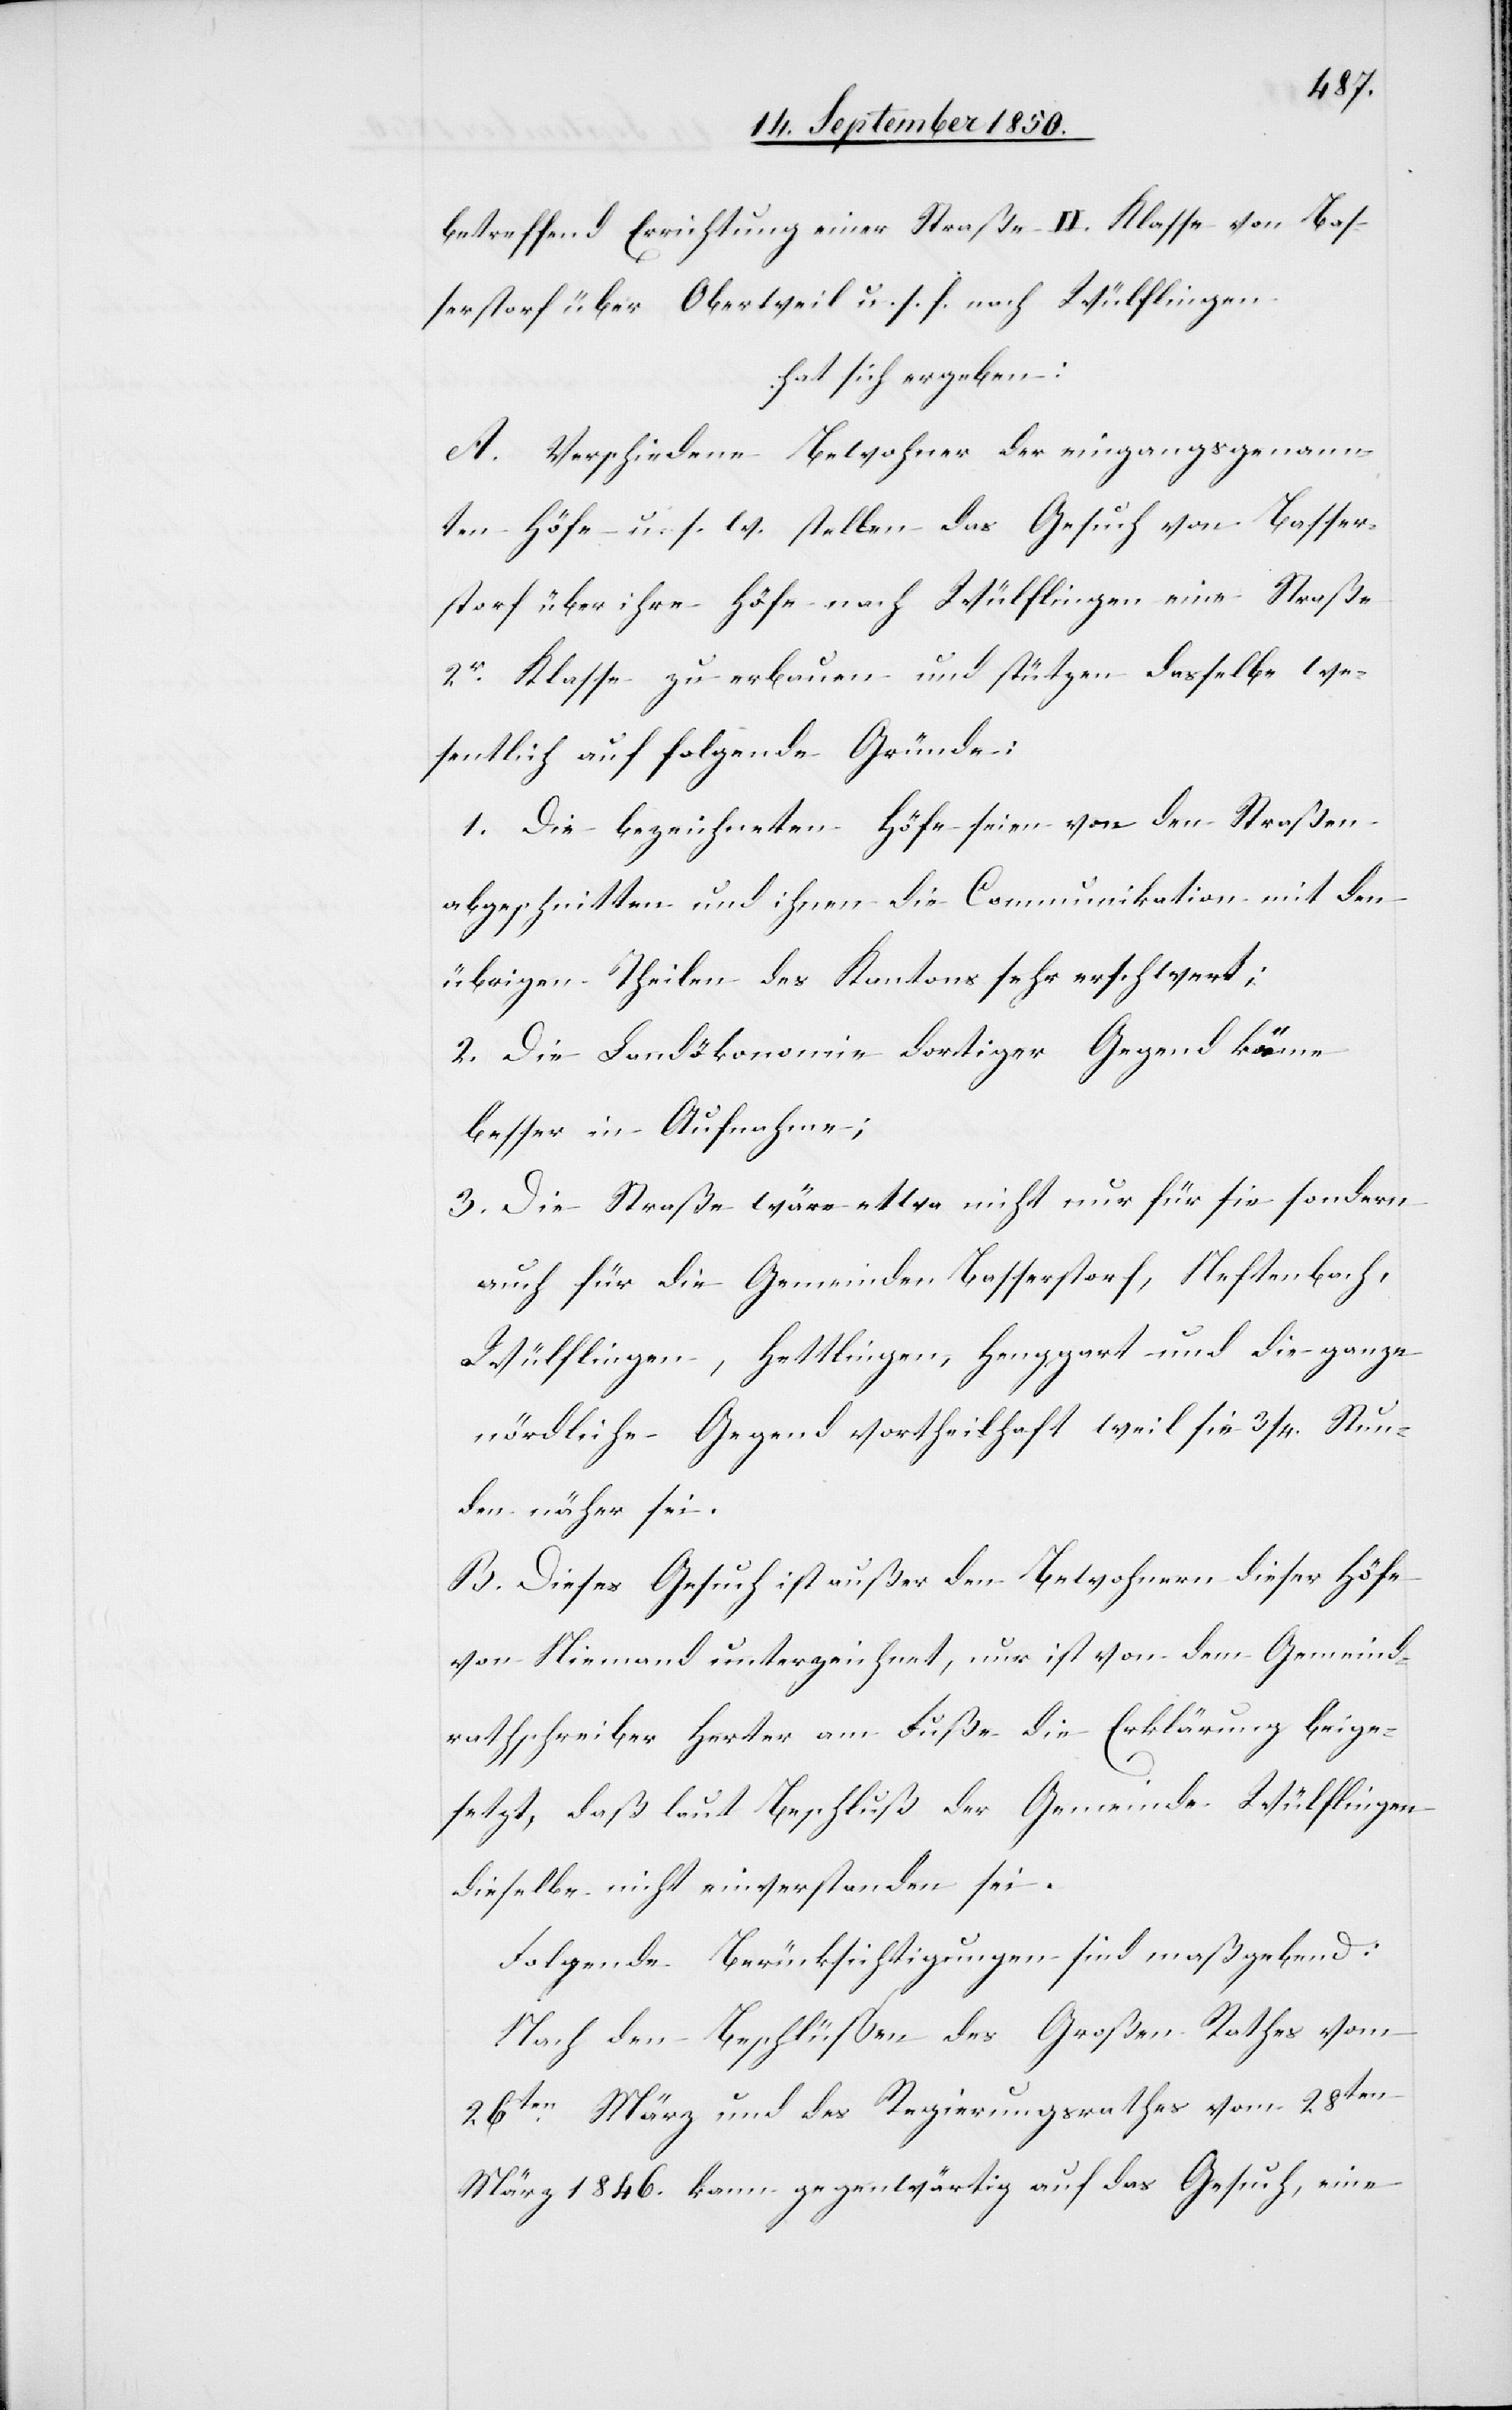
betreffend Errichtung einer Straße II. Klasse von Bas¬
serstorf über Oberweil u. s. f. nach Wülflingen
hat sich ergeben:
A. Verschiedene Bewohner der eingangsgenann¬
ten Höfe u. s. w. stellen das Gesuch von Basser¬
storf über ihre Höfe nach Wülflingen eine Straße
2r Klasse zu erbauen und stützen dasselbe we¬
sentlich auf folgende Gründe:
1. Die bezeichneten Höfe seien von den Straßen
abgeschnitten und ihnen die Communikation mit den
übrigen Theilen des Kantons sehr erschwert;
2. Die Landökonomie dortiger Gegend käme
besser in Aufnahme;
3. Die Straße wäre etwa nicht nur für sie sondern
auch für die Gemeinde Basserstorf, Neftenbach,
Wülflingen, Hettlingen, Henggart und die ganze
nördliche Gegend vortheilhaft weil sie 3/4. Stun¬
den näher sei.
B. Dieses Gesuch ist außer den Bewohnern dieser Höfe
von Niemand unterzeichnet, nur ist von dem Gemeind¬
rathschreiber Herter am Fuße die Erklärung beige¬
setzt, daß laut Beschluß der Gemeinde Wülflingen
dieselbe nicht einverstanden sei.
Folgende Berücksichtigungen sind maßgebend:
Nach den Beschlüßen des Großen Rathes vom
26ten März und des Regierungsrathes vom 28ten
März 1846. kann gegenwärtig auf das Gesuch, eine